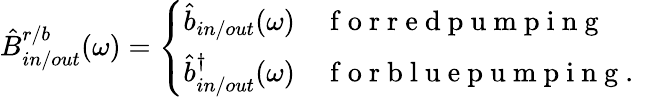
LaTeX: \begin{array}{r}{\hat{B}_{in/out}^{r/b}(\omega)=\left\{ \begin{array}{ll}{\hat{b}_{in/out}(\omega)}&{\mathrm{~f~o~r~r~e~d~p~u~m~p~i~n~g~}}\\ {\hat{b}_{in/out}^{\dagger}(\omega)}&{\mathrm{~f~o~r~b~l~u~e~p~u~m~p~i~n~g~.~}}\end{array}\right.}\end{array}